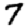
Digit: 7